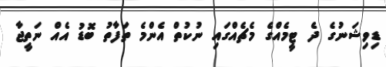
ޑިވިޝަނުގެ ދެ ޓީމެއްގެ މެޗެއްގައި ނުކުތް އެންމެ ތަފާތު ބޮޑު އެއް ނަތީޖާ